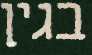
בגין